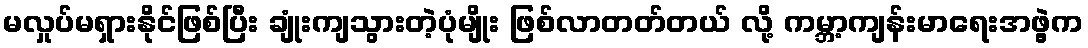
မလှုပ်မရှားနိုင်ဖြစ်ပြီး ချုံးကျသွားတဲ့ပုံမျိုး ဖြစ်လာတတ်တယ် လို့ ကမ္ဘာ့ကျန်းမာရေးအဖွဲ့က